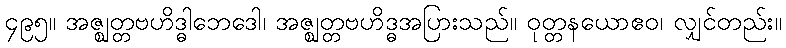
၄၉၅။ အဇ္ဈတ္တဗဟိဒ္ဓါဘေဒေါ၊ အဇ္ဈတ္တဗဟိဒ္ဓအပြားသည်။ ဝုတ္တနယောဧဝ၊ လျှင်တည်း။